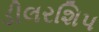
ડીલરશિપ